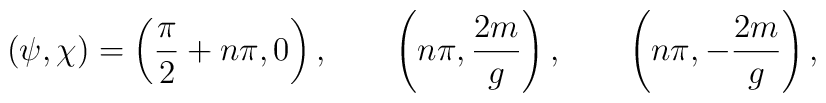
(\psi, \chi)=\left({\pi \over 2}+n \pi, 0\right), \qquad  \left(n \pi, {2 m \over g}\right), \qquad  \left(n \pi, -{2 m \over g}\right),